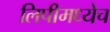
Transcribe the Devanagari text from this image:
लिपीमध्येच